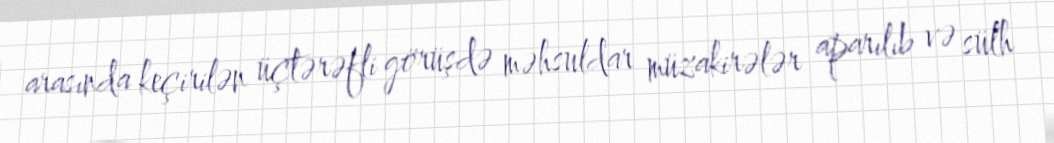
arasında keçirilən üçtərəfli görüşdə məhsuldar müzakirələr aparılıb və sülh